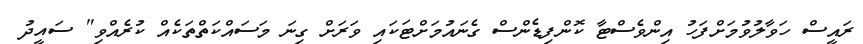
ރައީސް ހަވާލުވުމަށްފަހު އިންވެސްޓާ ކޮންފިޑެންސް ގެނައުމަށްޓަކައި ވަރަށް ގިނަ މަސައްކަތްތަކެއް ކުރެއްވި" ސައީދު